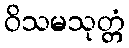
ဝိသမသုတ္တံ